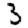
Digit: 3